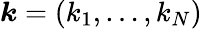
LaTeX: {\boldsymbol k}=(k_{1},\dots,k_{N})